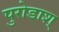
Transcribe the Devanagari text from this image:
पुरोडाश्